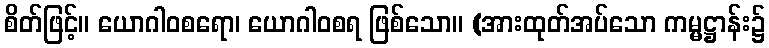
စိတ်ဖြင့်။ ယောဂါဝစရော၊ ယောဂါဝစရ ဖြစ်သော။ (အားထုတ်အပ်သော ကမ္မဋ္ဌာန်း၌